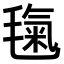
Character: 𣯘